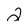
Character: 2